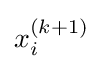
x_{i}^{(k+1)}